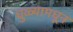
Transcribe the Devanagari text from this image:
धुळ्यामधून